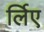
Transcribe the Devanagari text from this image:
र्लिए